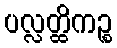
ပလ္လတ္ထိကဉ္စ